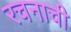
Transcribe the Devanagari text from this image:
रचनाची